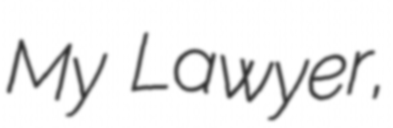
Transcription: My Lawyer,